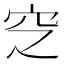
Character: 𱶰